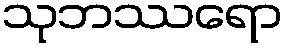
သုဘဿရော